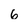
Character: 6